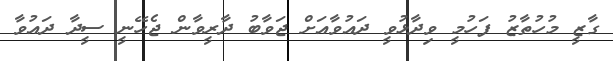
ގާޒީ މުހުތާޒު ފަހުމީ ވިދާޅުވީ ދައުވާއަށް ޖަވާބު ދާރީވާން ޖެހޭނީ ސީދާ ދައުވާ